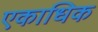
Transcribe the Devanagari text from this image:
एकाधिक